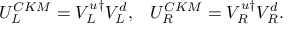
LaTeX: U _ { L } ^ { C K M } = V _ { L } ^ { u \dagger } V _ { L } ^ { d } , \; \; \; U _ { R } ^ { C K M } = V _ { R } ^ { u \dagger } V _ { R } ^ { d } .